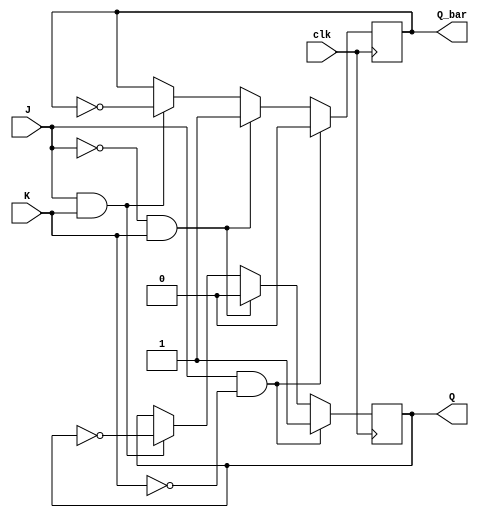
module posedge_jk_flipflop(
    input wire clk,
    input wire J,
    input wire K,
    output reg Q,
    output reg Q_bar
);

always @(posedge clk) begin
    if (J & !K) begin
        Q <= 1;
        Q_bar <= 0;
    end else if (!J & K) begin
        Q <= 0;
        Q_bar <= 1;
    end else if (J & K) begin
        Q <= ~Q;
        Q_bar <= ~Q_bar;
    end
end

endmodule